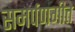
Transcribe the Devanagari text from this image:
समर्पणगीते